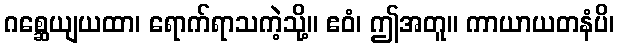
ဂစ္ဆေယျယထာ၊ ရောက်ရာသကဲ့သို့။ ဧဝံ၊ ဤအတူ။ ကာယာယတနံပိ၊